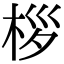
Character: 桚